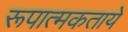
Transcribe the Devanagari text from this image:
रूपात्मकताये